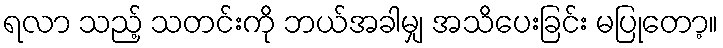
ရလာ သည့် သတင်းကို ဘယ်အခါမျှ အသိပေးခြင်း မပြုတော့။